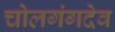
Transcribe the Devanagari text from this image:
चोलगंगदेव